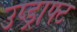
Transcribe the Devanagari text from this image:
उप्ड्राफ्ट